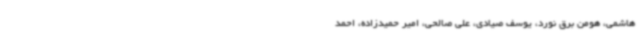
هاشمی، هومن برق نورد، یوسف صیادی، علی صالحی، امیر حمیدزاده، احمد